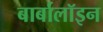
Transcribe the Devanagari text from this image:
बार्बालॉइन